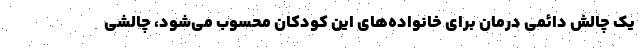
یک چالش دائمی درمان برای خانواده‌های این کودکان محسوب می‌شود، چالشی